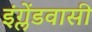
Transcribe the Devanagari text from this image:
इंग्लेंडवासी